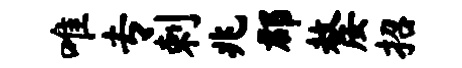
唯专剌兆郡嫠招